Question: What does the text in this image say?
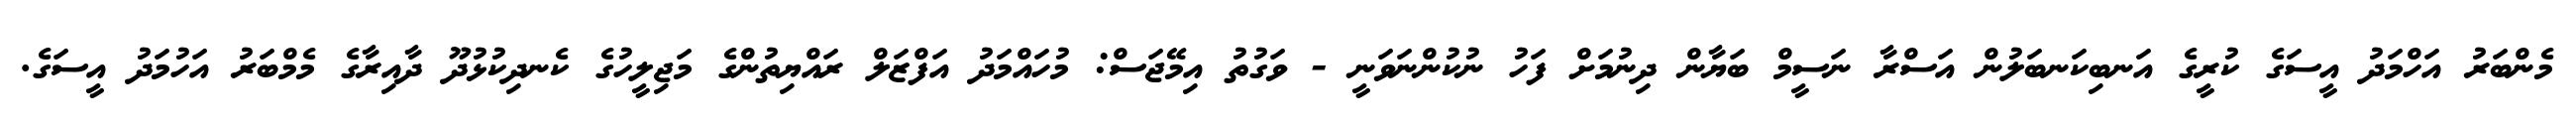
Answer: މެންބަރު އަހްމަދު އީސަގެ ކުރީގެ އަނބިކަނބަލުން އަސްރާ ނަސީމް ބަޔާން ދިނުމަށް ފަހު ނުކުންނަވަނީ - ވަގުތު އިމޭޖަސް: މުހައްމަދު އަފްޒަލް ރައްޔިތުންގެ މަޖިލީހުގެ ކެނދިކުޅުދޫ ދާއިރާގެ މެމްބަރު އަހުމަދު އީސަގެ.